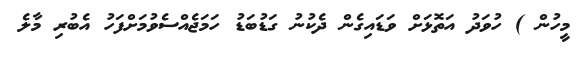
މީހުން ) ހުވަދު އަތޮޅަށް ވަޑައިގެން ދެކުނު ގަޑުބަޑު ހަމަޖެއްސެވުމަށްފަހު އެބުރި މާލެ